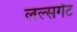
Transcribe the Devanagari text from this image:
लल्सगेट